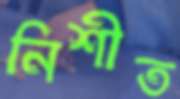
নিশীত